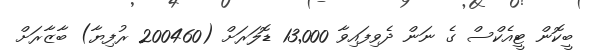
ބީކޮން ޓީއެކްސް ގެ ނަން ދެވިފައިވާ 13